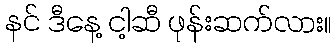
နင် ဒီနေ့ ငါ့ဆီ ဖုန်းဆက်လား။